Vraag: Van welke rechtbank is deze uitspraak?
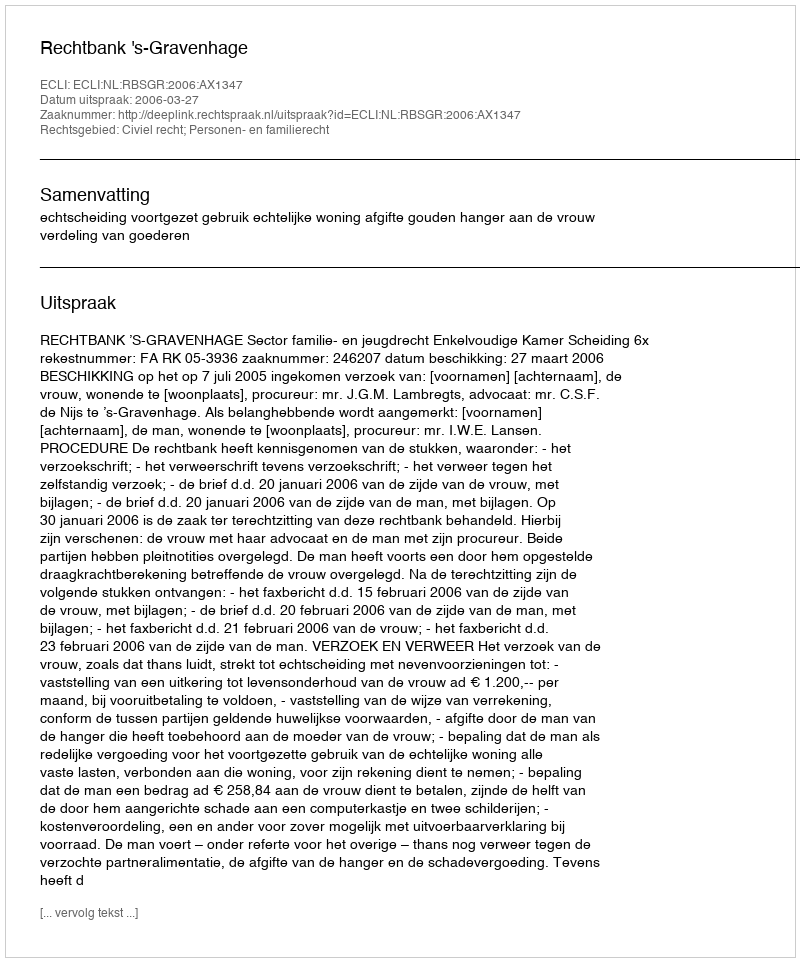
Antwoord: Rechtbank 's-Gravenhage